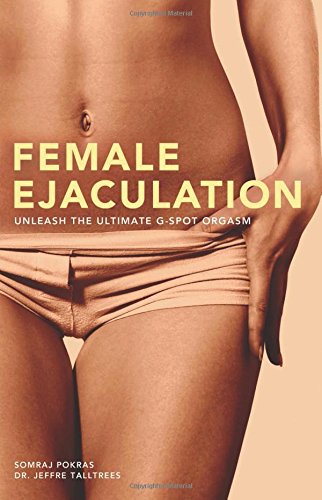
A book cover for Female Ejaculation: Unleash the Ultimate G-Spot Orgasm; Somraj Pokras; Self-Help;